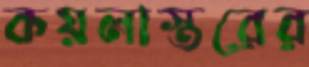
কয়লাস্তরের